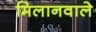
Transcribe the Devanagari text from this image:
मिलानवाले